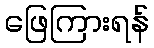
ဖြေကြားရန်